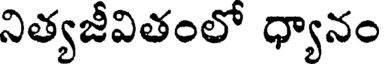
నిత్యజీవితంలో ధ్యానం